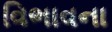
વિભાવના